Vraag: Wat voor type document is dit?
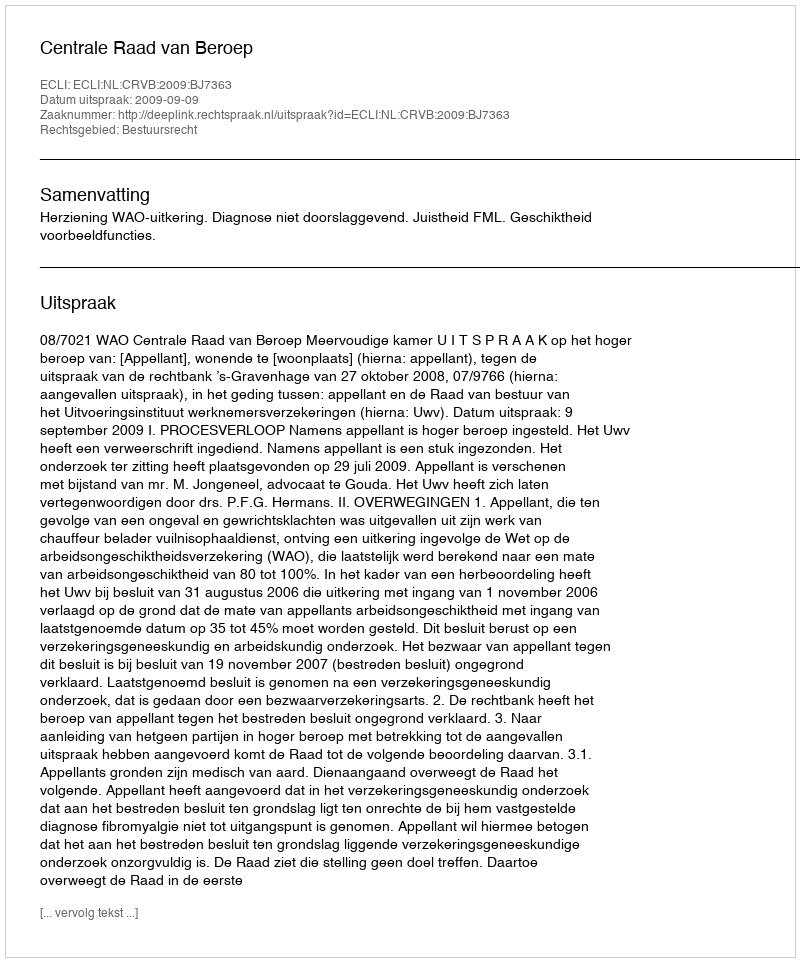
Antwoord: Uitspraak